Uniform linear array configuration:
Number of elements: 32
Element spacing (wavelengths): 0.5
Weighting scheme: blackman
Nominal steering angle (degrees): -15
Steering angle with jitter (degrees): -15.373
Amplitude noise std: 0.05
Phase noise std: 0.05

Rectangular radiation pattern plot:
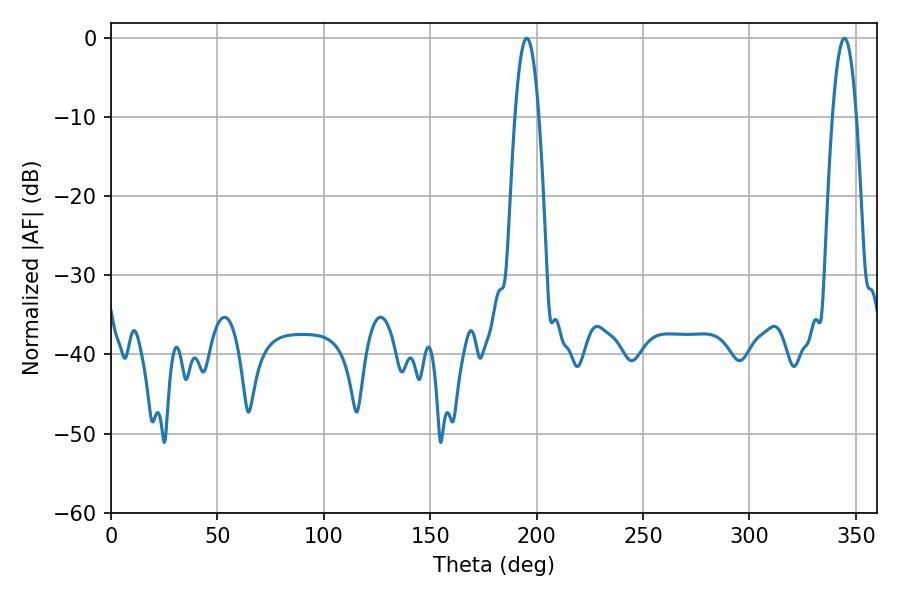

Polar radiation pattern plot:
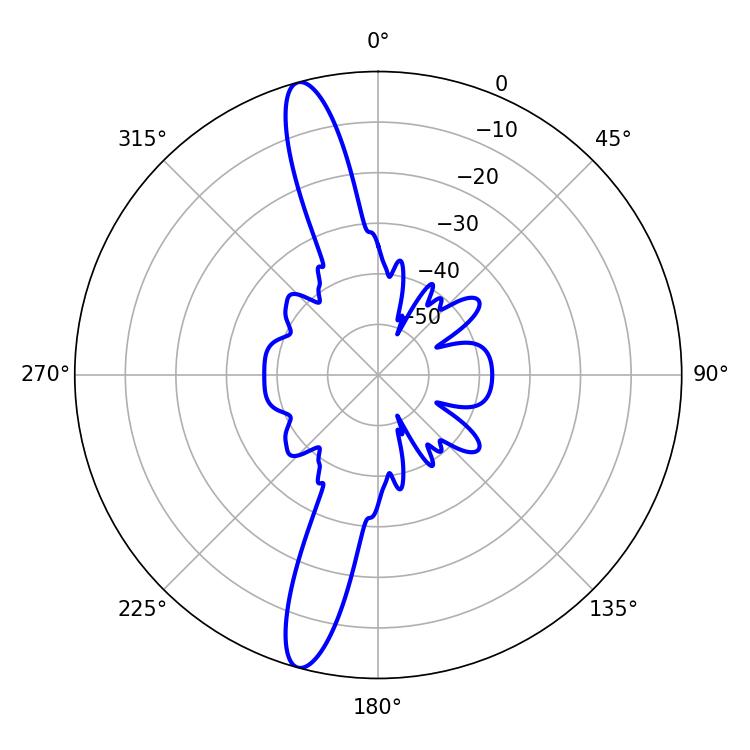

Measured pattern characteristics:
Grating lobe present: FALSE
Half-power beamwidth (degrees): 6.3
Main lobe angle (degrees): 195.3